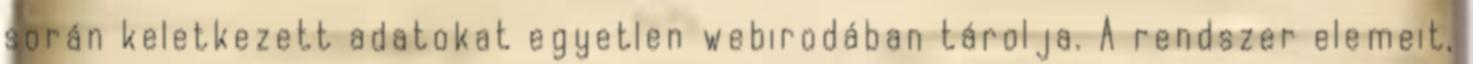
során keletkezett adatokat egyetlen webirodában tárolja. A rendszer elemeit,